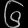
Digit: ၆